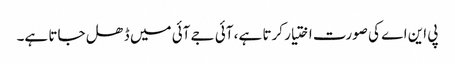
پی این اے کی صورت اختیار کرتا ہے، آئی جے آئی میں ڈھل جاتا ہے۔